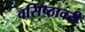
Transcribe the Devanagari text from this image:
वसिष्ठावरी